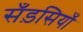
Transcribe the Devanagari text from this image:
सँड़सियाँ